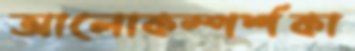
আলোকস্পর্শকা